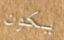
يكون